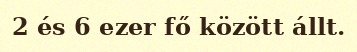
2 és 6 ezer fő között állt.